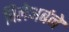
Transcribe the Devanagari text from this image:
विलेअर्बने